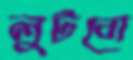
লুটবো